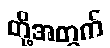
တို့အတွက်